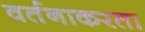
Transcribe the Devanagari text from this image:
वर्तनाकरता